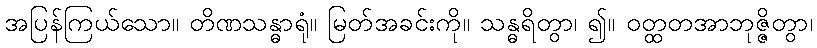
အပြန်ကြယ်သော။ တိဏသန္ဓာရုံ။ မြတ်အခင်းကို။ သန္ဓရိတွာ၊ ၍။ ဝတ္ထတအာဘုဇ္ဇိတွာ၊